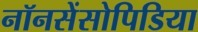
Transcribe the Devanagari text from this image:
नॉनसेंसोपिडिया